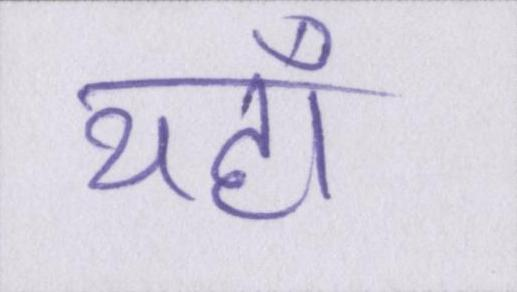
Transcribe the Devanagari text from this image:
यहाँ